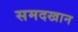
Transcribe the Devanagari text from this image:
समदखान